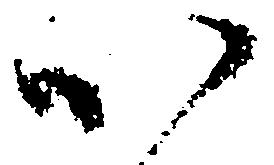
以